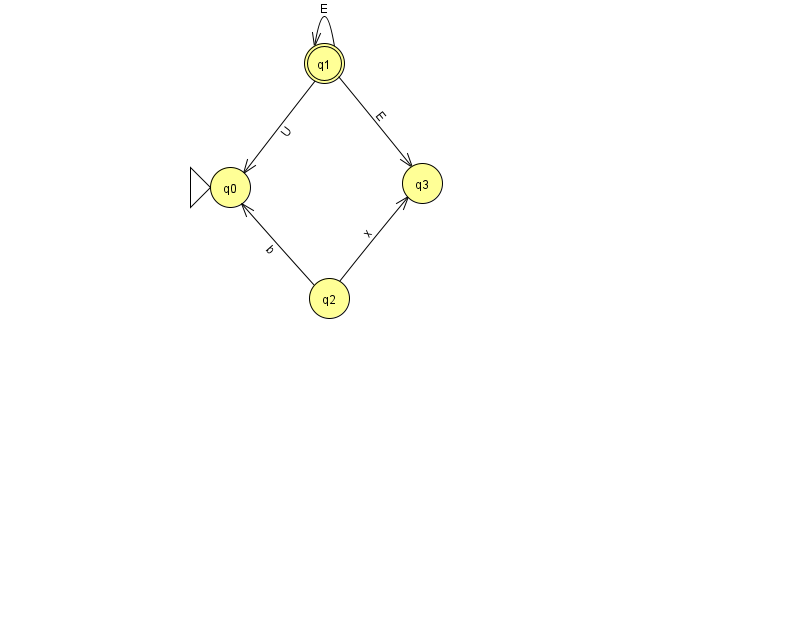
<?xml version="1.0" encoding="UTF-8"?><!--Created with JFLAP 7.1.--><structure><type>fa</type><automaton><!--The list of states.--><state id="0" name="q0"><x>230.0</x><y>174.0</y><initial/></state><state id="1" name="q1"><x>324.0</x><y>50.0</y><final/></state><state id="2" name="q2"><x>329.0</x><y>285.0</y></state><state id="3" name="q3"><x>422.0</x><y>170.0</y></state><!--The list of transitions.--><transition><from>2</from><to>3</to><read>x</read></transition><transition><from>1</from><to>1</to><read>E</read></transition><transition><from>2</from><to>0</to><read>b</read></transition><transition><from>1</from><to>3</to><read>E</read></transition><transition><from>1</from><to>0</to><read>U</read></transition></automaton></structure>